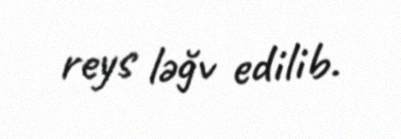
reys ləğv edilib.